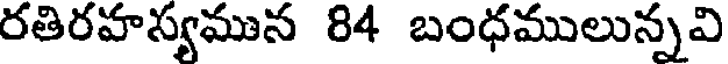
రతిరహస్యమున 84 బంధములున్నవి